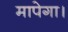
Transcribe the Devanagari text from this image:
मापेगा।